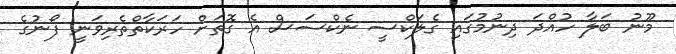
މޫނު ބަލާ ހުއްދަ ދިނުމުގައި ގެލަކްސީ ނެކްސަސް އެ ގޮތަށް ހަރަކާތްތެރިވަނީ ފޯނުގެ